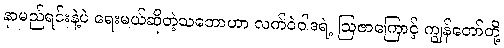
နာမည်ရင်းနဲ့ပဲ ရေးမယ်ဆိုတဲ့သဘောဟာ လက်ဝဲဝါဒရဲ့ ဩဇာကြောင့် ကျွန်တော်တို့